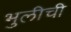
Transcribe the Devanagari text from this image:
भुलीची